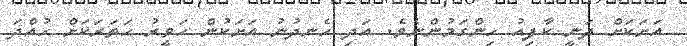
އަށަކަށް ދަނީ ކާފިއު ހިންގަމުންނެވެ. އަދި ހެނދުނު އަށަކުން ހަވީރު ހަތަރަކަށް ހުއްދަ